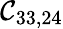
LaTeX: \mathcal{C}_{33,24}